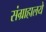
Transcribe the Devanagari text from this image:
संग्राहालये